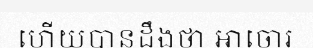
ហើយបានដឹងថា អាចោរ